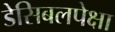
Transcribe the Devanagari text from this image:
डेसिबलपेक्षा